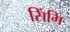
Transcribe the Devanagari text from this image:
सिंगि